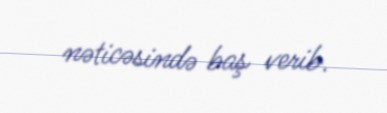
nəticəsində baş verib.